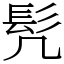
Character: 髠